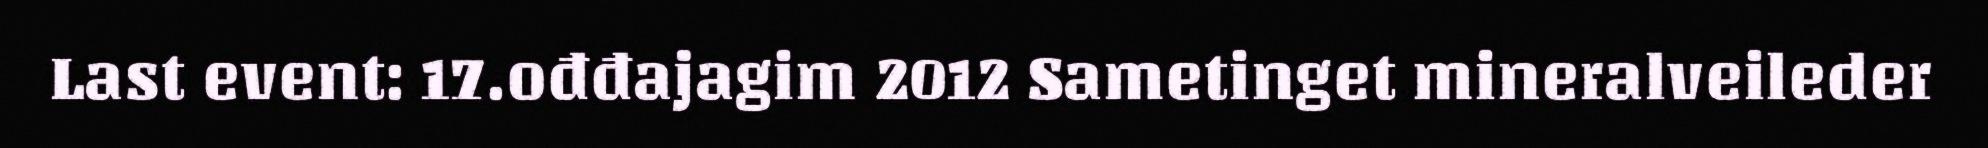
Last event: 17.ođđajagim 2012 Sametinget mineralveileder